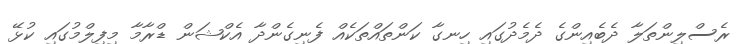
ރެސްލިންތަލާ ދެބެއިންގެ ދެމެދުގައި ހިނގާ ކަންތައްތަކެއް ފެނިގެންދާ އެކްޝަން ޑްރާމާ މިފިލްމުގައި ކުޅޭ